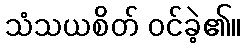
သံသယစိတ် ဝင်ခဲ့၏။